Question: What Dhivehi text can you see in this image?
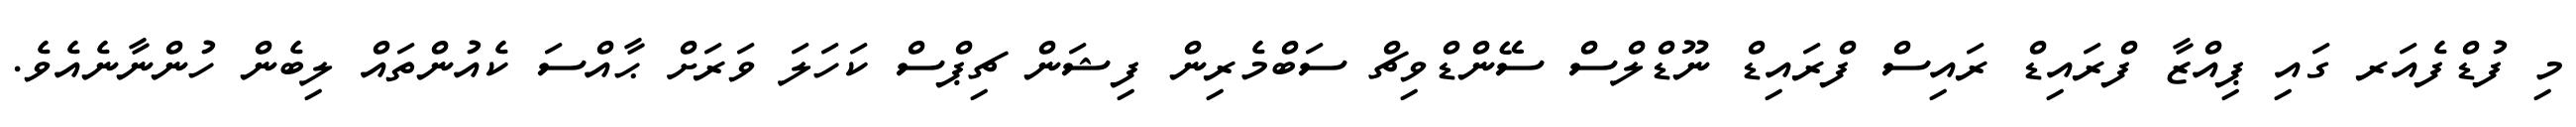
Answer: މި ފުޑްފެއަރ ގައި ޕިއްޒާ ފްރައިޑް ރައިސް ފްރައިޑް ނޫޑްލްސް ސޭންޑްވިޗް ސަބްމެރިން ފިޝަން ޗިޕްސް ކަހަލަ ވަރަށް ޙާއްސަ ކެއުންތައް ލިބެން ހުންނާނެއެވެ.